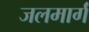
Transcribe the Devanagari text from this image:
जलमार्गं